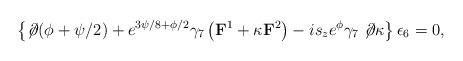
LaTeX: \begin{align*}\left\{ \not\!\partial (\phi+\psi/2) + e^{3\psi/8+\phi/2}\gamma_7 \left( {\bf F}^1 + \kappa {\bf F}^2 \right) - i s_ze^\phi \gamma_7 \not\!\partial \kappa \right\} \epsilon_6 = 0,\end{align*}